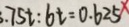
. 7 5 t : 6 t = 0 . 6 2 5